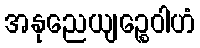
အနုညေယျဉ္စေဝါဟံ